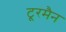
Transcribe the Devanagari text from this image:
टू्रमैन